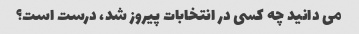
می دانید چه کسی در انتخابات پیروز شد، درست است؟